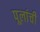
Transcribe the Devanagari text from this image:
पूलांची